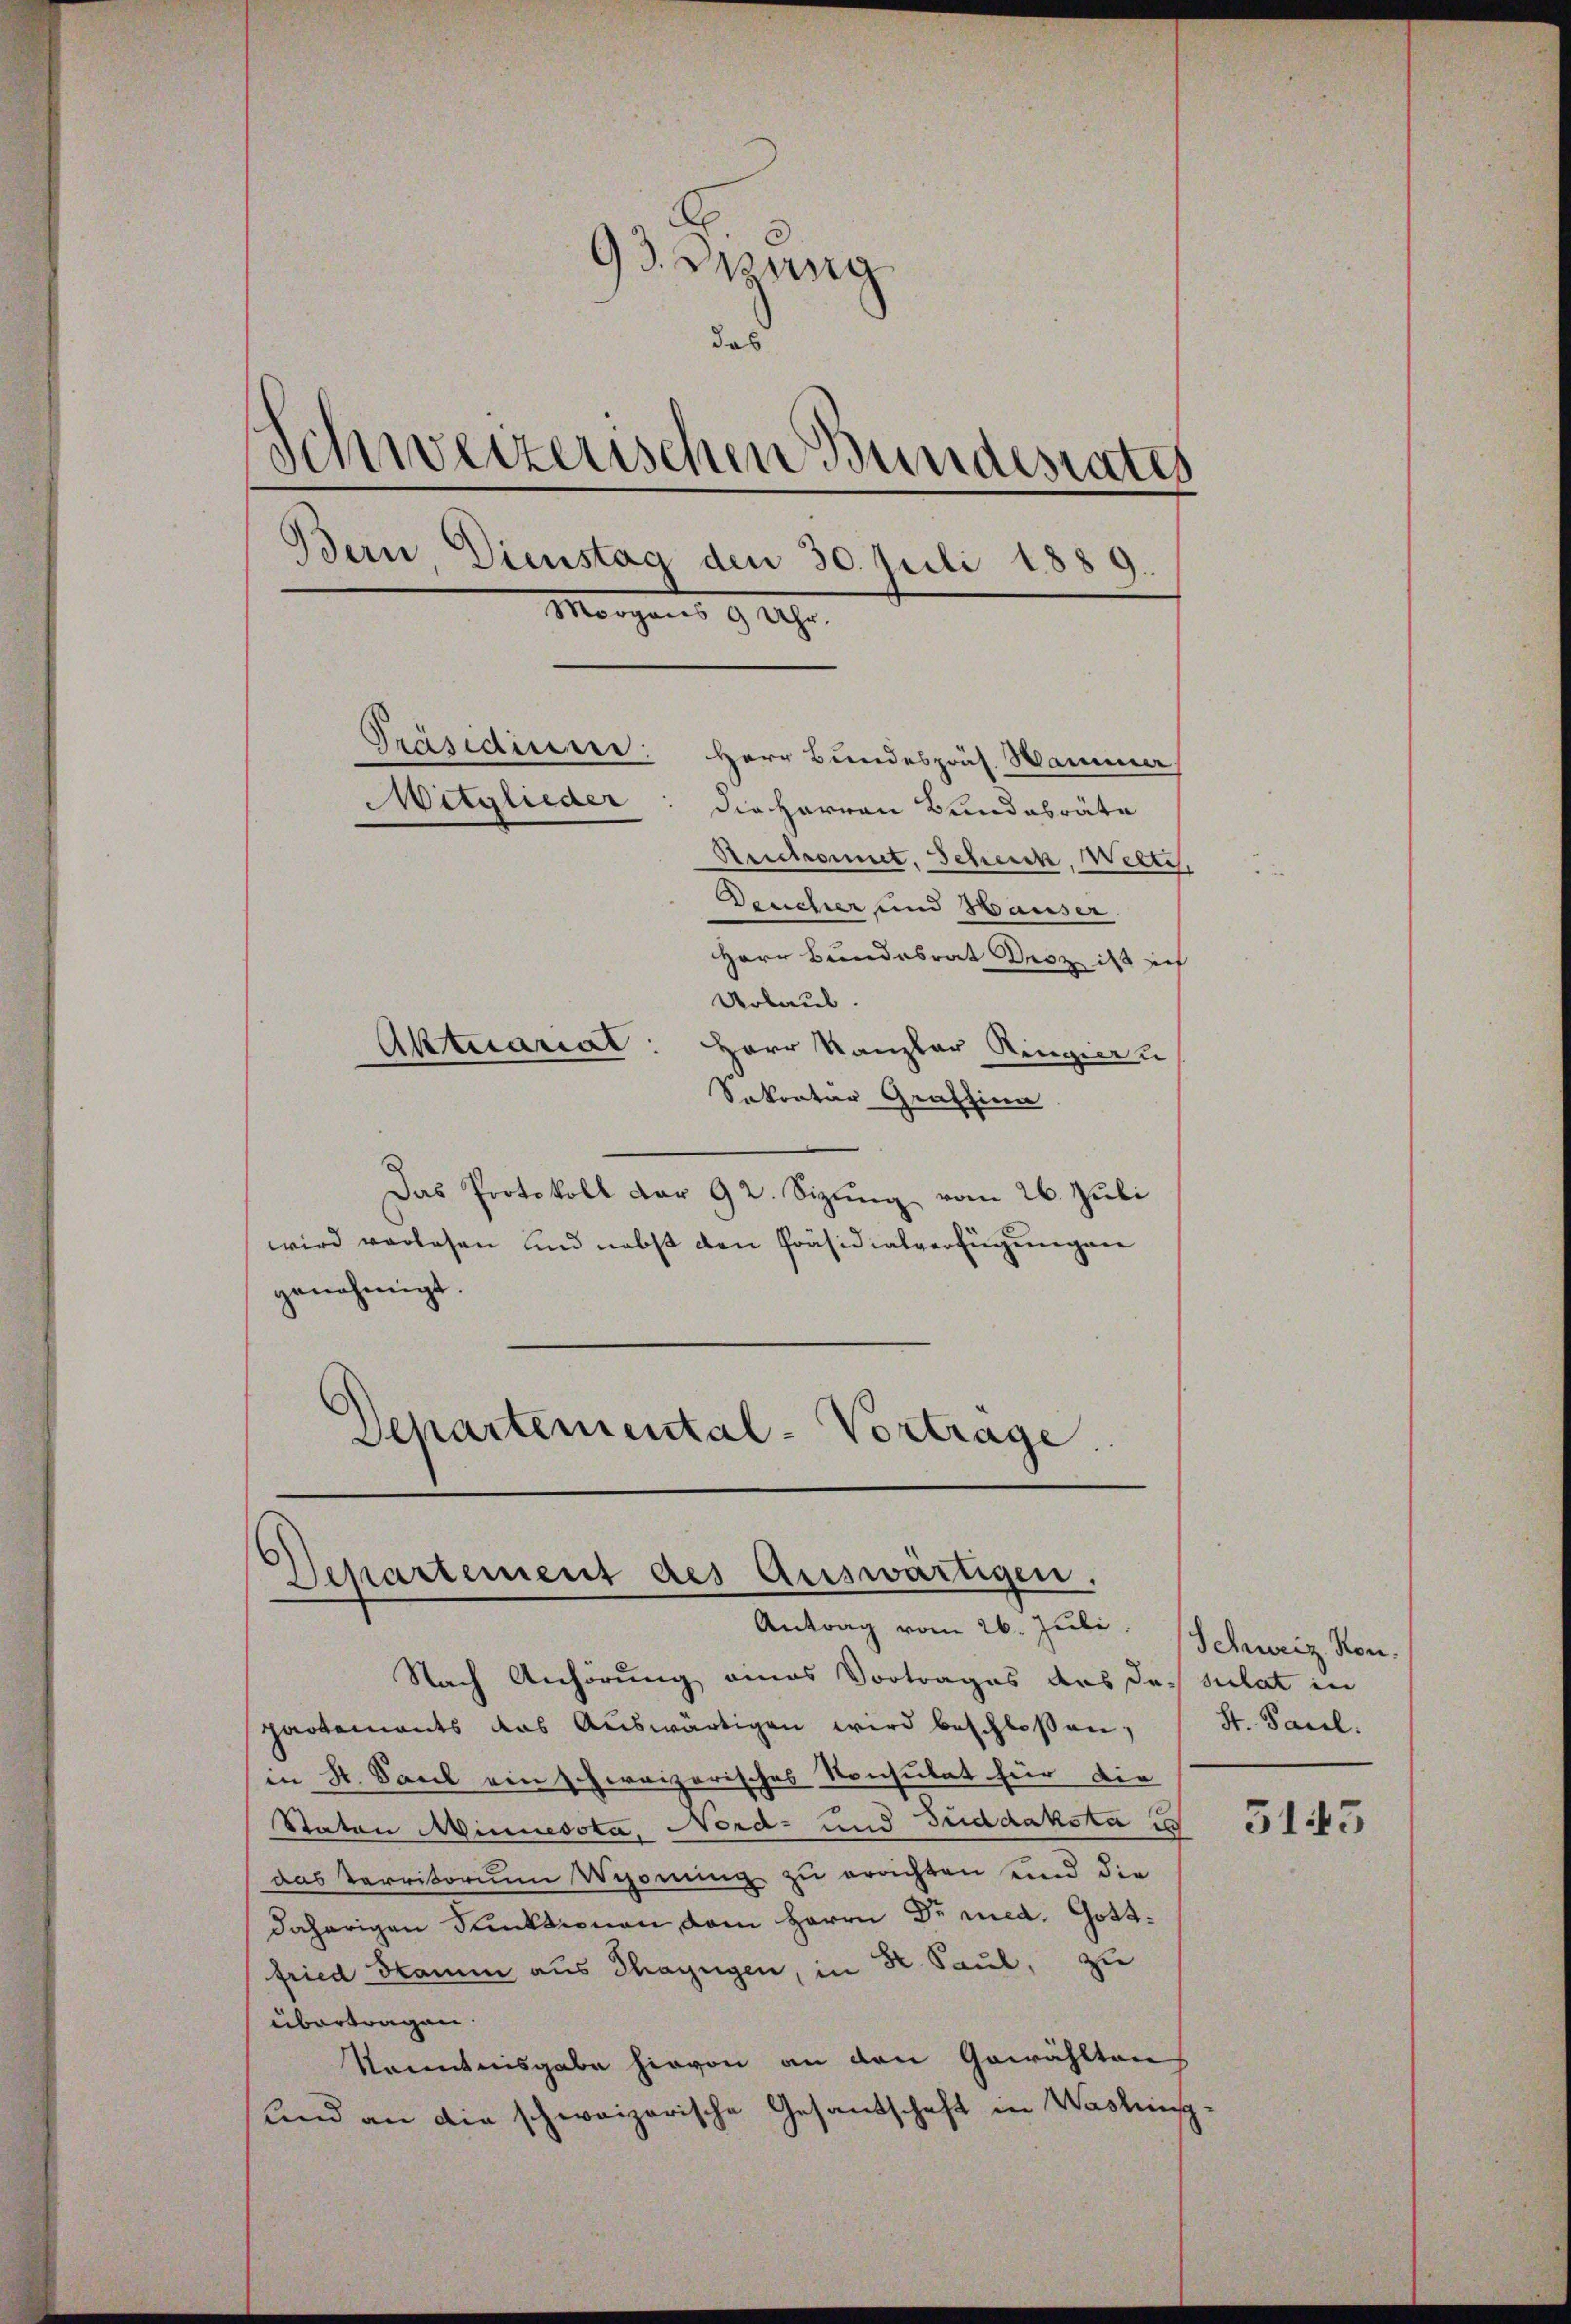
93. Spung
das
Schweizerischen Bundesrates
Bern Dienstag den 30. Juli 1889.
Morgens 9 Uhr.
Präsidiums.
Herr Bundespräs. Wammer
Mitglieder: die Herren Bundabräte
Aeictromit, Scheick, Welti,
Desicher und Hauser.
Herr Bundesrat Decz ist ich
Urlaub.
Aktuariat
Herr Kanzler Ringieru

Departement des Auswärtigen.
Antrag vom 26. Juli, Schweiz. Kon¬

Sakonter Gratzina
Das Protokoll dar 92. Sizung vom 26. Juli
wird verlesen und nebst den Präsidialverfügungen
genehmigt.
Departemental-Vortrage.

Nach Anhörung eines Vortrages des das sulat in
partements das Auswärtigen wird beschloßen,
in K. Saul ein schweizerisches Konsulat für die
Staten Minnesota, Nord- und Guddaksta
das Verritorium Wehonung zu errichten und die
daherigen Punktionen vom Herrn Dr med. Gottfried Stamm aus Thayngen, in Dr. Paul, zu
übertragen.
Kenntnisgabe hievon an den Gewählten
lnd an die schweizerische Gesandschaft in Washing

St. Paul.

5143